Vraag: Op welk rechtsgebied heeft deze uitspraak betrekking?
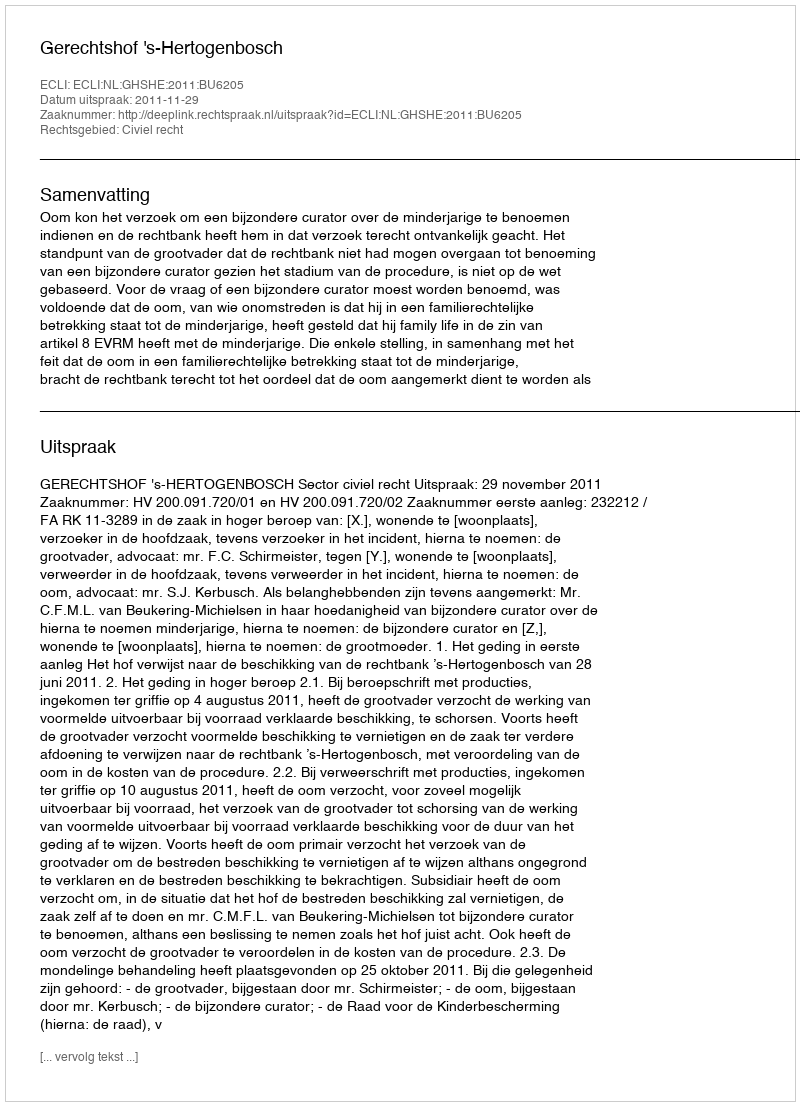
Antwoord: Civiel recht